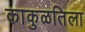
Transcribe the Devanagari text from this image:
काकुळतिला